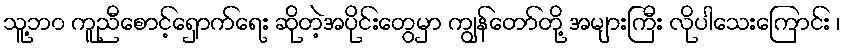
သူ့ဘ၀ ကူညီစောင့်ရှောက်ရေး ဆိုတဲ့အပိုင်းတွေမှာ ကျွန်တော်တို့ အများကြီး လိုပါသေးကြောင်း ၊